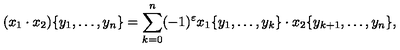
( x _ { 1 } \cdot x _ { 2 } ) \{ y _ { 1 } , \dots , y _ { n } \} = \sum _ { k = 0 } ^ { n } ( - 1 ) ^ { \varepsilon } x _ { 1 } \{ y _ { 1 } , \dots , y _ { k } \} \cdot x _ { 2 } \{ y _ { k + 1 } , \dots , y _ { n } \} ,